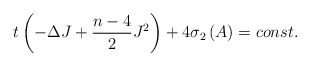
\begin{align*}t\left( -\Delta J+\frac{n-4}{2}J^{2}\right) +4\sigma _{2}\left( A\right)=const. \end{align*}